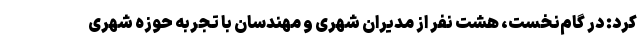
کرد: در گام‌نخست، هشت نفر از مدیران شهری و مهندسان با تجربه حوزه شهری